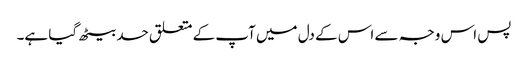
پس اس وجہ سے اس کے دل میں آپ کے متعلق حسد بیٹھ گیا ہے۔